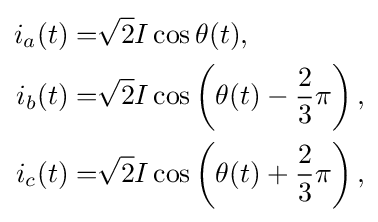
{\begin{aligned}i_{a}(t)=&{\sqrt {2}}I\cos \theta (t),\\i_{b}(t)=&{\sqrt {2}}I\cos \left(\theta (t)-{\frac {2}{3}}\pi \right),\\i_{c}(t)=&{\sqrt {2}}I\cos \left(\theta (t)+{\frac {2}{3}}\pi \right),\end{aligned}}